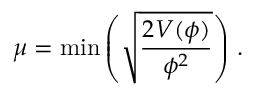
\mu = \mathrm { m i n } \left( \sqrt { \frac { 2 V ( \phi ) } { \phi ^ { 2 } } } \right) \, .